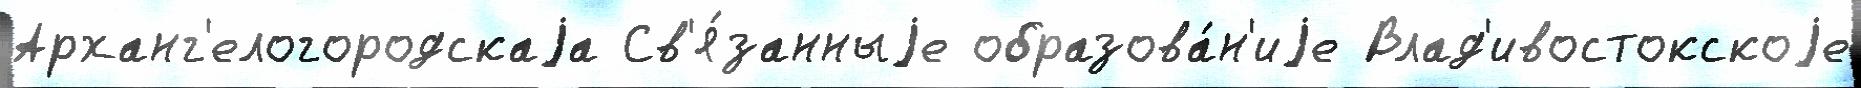
Арханг'елогородскаjа Св'я́занныjе образова́н'иjе Влад'ивостокскоjе